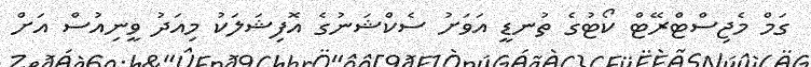
ގަމް މެޖިސްޓްރޭޓް ކޯޓުގެ ތުނޑީ އަވަށު ސެކްޝަނުގެ އޮފިޝަލަކު މިއަދު ވީނިއުސް އަށް